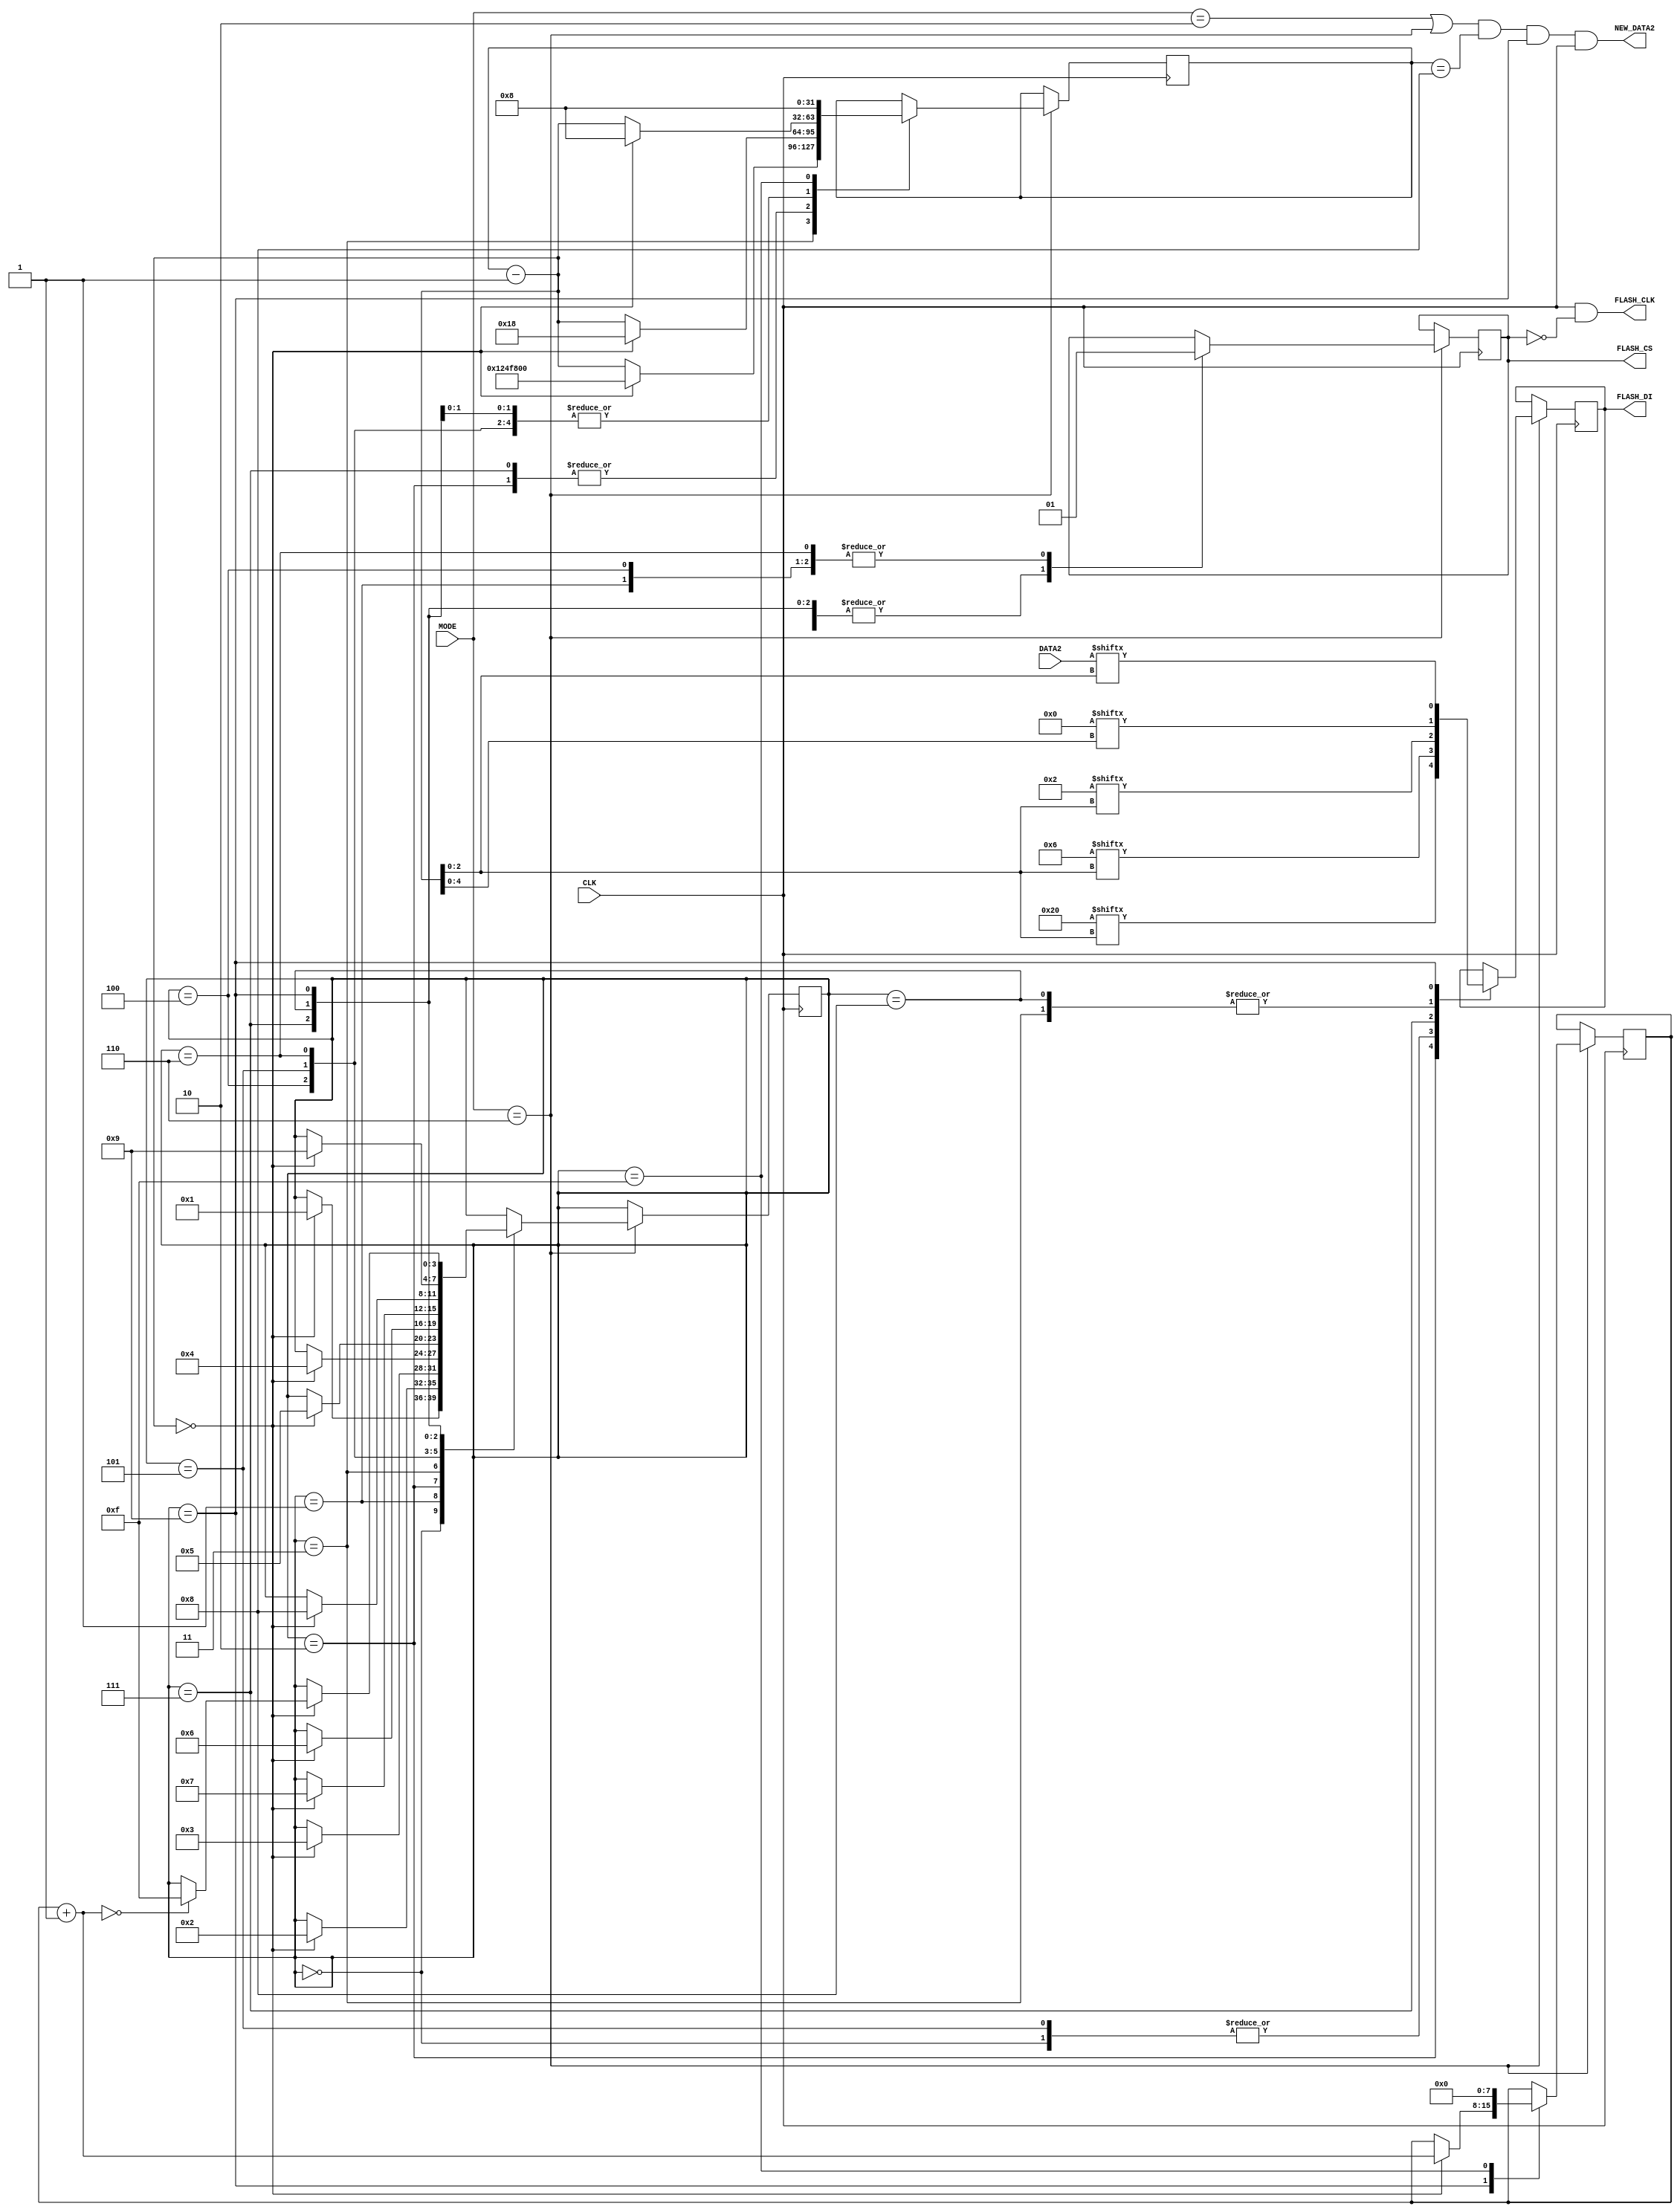
module flash_spi
(
    input CLK,

    output FLASH_CLK, 
    output reg FLASH_CS, FLASH_DI,
    
    input [7:0]DATA2,
    output NEW_DATA2,

    input [2:0]MODE
);

assign FLASH_CLK = CLK & ~FLASH_CS;
initial FLASH_CS = 1'b1;

wire [23:0]address = 24'b0;
wire [7:0]we = 8'h06; //Write Enable instruction
wire [7:0]se = 8'h20; //Sector Erase instruction
wire [7:0]pb = 8'h02; //Program Byte instruction

reg [31:0]bit_cnt = 32'b1000;
reg [7:0]byte_cnt = 8'b0;
reg [3:0]state = 4'b0;

assign NEW_DATA2 = ((MODE == 3'b010) | (MODE == 3'b110)) & (bit_cnt == 32'b1000) & (state == 4'b1001) & CLK;

always @(negedge CLK) begin
    case (MODE)
        3'b110: begin //Erase & Program
            case (state)
                4'b0: begin
                    FLASH_CS = 1'b0;
                    bit_cnt = bit_cnt - 32'b1;
                    FLASH_DI = we[bit_cnt[2:0]];
                    if (bit_cnt == 32'b0) begin
                        bit_cnt = 32'b1000;
                        state = 4'b1;
                    end
                end
                4'b1: begin
                    FLASH_CS = 1'b1;
                    bit_cnt = bit_cnt - 32'b1;
                    if (bit_cnt == 32'b0) begin
                        bit_cnt = 32'b1000;
                        state = 4'b10;
                    end
                end
                4'b10: begin
                    FLASH_CS = 1'b0;
                    bit_cnt = bit_cnt - 32'b1;
                    FLASH_DI = se[bit_cnt[2:0]];
                    if (bit_cnt == 32'b0) begin
                        bit_cnt = 32'b11000;
                        state = 4'b11;
                    end
                end
                4'b11: begin
                    FLASH_CS = 1'b0;
                    bit_cnt = bit_cnt - 32'b1;
                    FLASH_DI = address[bit_cnt[4:0]];
                    if (bit_cnt == 32'b0) begin
                        bit_cnt = 32'd19_200_000; //400ms * 48MHz
                        state = 4'b100;
                    end
                end
                4'b100: begin
                    FLASH_CS = 1'b1;
                    bit_cnt = bit_cnt - 32'b1;
                    if (bit_cnt == 32'b0) begin
                        bit_cnt = 32'b1000;
                        state = 4'b101;
                    end
                end
                4'b101: begin
                    FLASH_CS = 1'b0;
                    bit_cnt = bit_cnt - 32'b1;
                    FLASH_DI = we[bit_cnt[2:0]];
                    if (bit_cnt == 32'b0) begin
                        bit_cnt = 32'b1000;
                        state = 4'b110;
                    end
                end
                4'b110: begin
                    FLASH_CS = 1'b1;
                    bit_cnt = bit_cnt - 32'b1;
                    if (bit_cnt == 32'b0) begin
                        bit_cnt = 32'b1000;
                        state = 4'b111;
                    end
                end
                4'b111: begin
                    FLASH_CS = 1'b0;
                    bit_cnt = bit_cnt - 32'b1;
                    FLASH_DI = pb[bit_cnt[2:0]];
                    if (bit_cnt == 32'b0) begin
                        bit_cnt = 32'b11000;
                        state = 4'b1000;
                    end
                end
                4'b1000: begin
                    FLASH_CS = 1'b0;
                    bit_cnt = bit_cnt - 32'b1;
                    FLASH_DI = address[bit_cnt[4:0]];
                    if (bit_cnt == 32'b0) begin
                        bit_cnt = 32'b1000;
                        state = 4'b1001;
                    end
                end
                4'b1001: begin
                    FLASH_CS = 1'b0;
                    bit_cnt = bit_cnt - 32'b1;
                    FLASH_DI = DATA2[bit_cnt[2:0]];
                    if (bit_cnt == 32'b0) begin
                        bit_cnt = 32'b1000;
                        byte_cnt = byte_cnt + 8'b1;
                        if (byte_cnt == 8'b0) begin
                            state = 4'b1111;
                        end
                    end
                end
                4'b1111: begin
                    FLASH_CS = 1'b1;
                    bit_cnt = 32'b1000;
                    byte_cnt = 8'b0;
                end
            endcase
        end
    endcase
end

endmodule